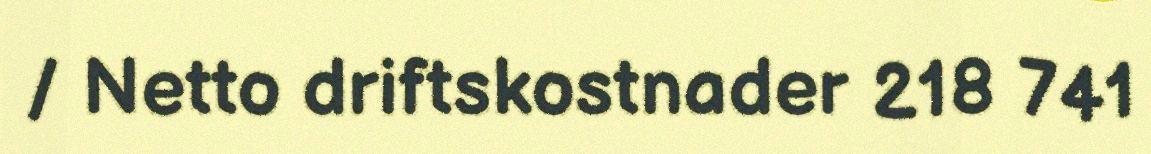
/ Netto driftskostnader 218 741